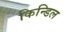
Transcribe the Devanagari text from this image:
किन्डिल